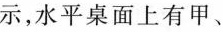
示，水平桌面上有甲、